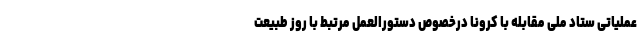
عملیاتی ستاد ملی مقابله با کرونا درخصوص دستورالعمل مرتبط با روز طبیعت